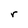
Character: r